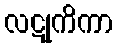
လဋုကိကာ